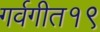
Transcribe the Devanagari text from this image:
गर्वगीत१९